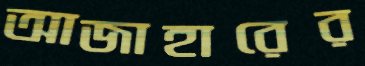
আজাহারের